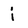
Character: j